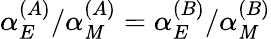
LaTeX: \alpha_{E}^{(A)}/\alpha_{\mathit{M}}^{(A)}=\alpha_{E}^{(B)}/\alpha_{\mathit{M}}^{(B)}